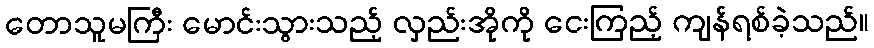
တောသူမကြီး မောင်းသွားသည့် လှည်းအိုကို ငေးကြည့် ကျန်ရစ်ခဲ့သည်။